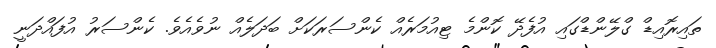
ތައިރޮއިޑް ގްލޭންޑްގައި އުފެދޭ ކޮންމެ ޓިއުމަރެއް ކެންސަރަކަށް ބަދަލެއް ނުވެއެވެ. ކެންސަރު އުފައްދަނީ